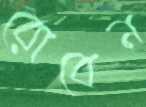
রোবেন